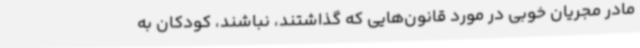
مادر مجریان خوبی در مورد قانون‌هایی که گذاشتند، نباشند، کودکان به